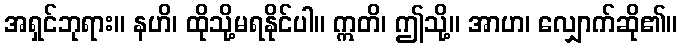
အရှင်ဘုရား။ နဟိ၊ ထိုသို့မရနိုင်ပါ။ ဣတိ၊ ဤသို့။ အာဟ၊ လျှောက်ဆို၏။